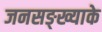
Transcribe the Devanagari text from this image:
जनसङ्ख्याके